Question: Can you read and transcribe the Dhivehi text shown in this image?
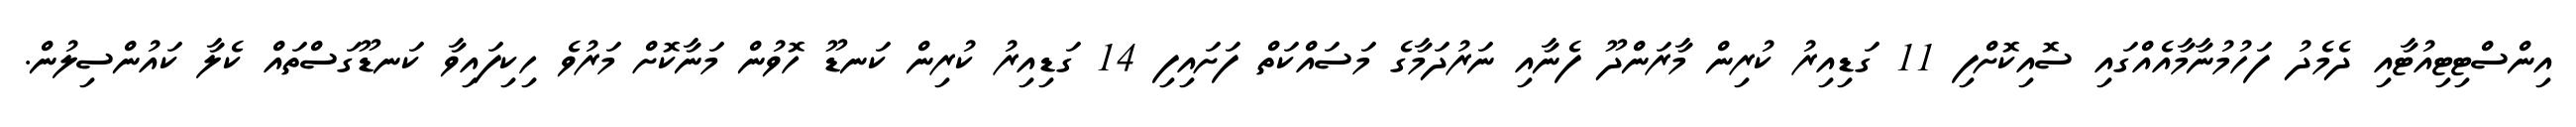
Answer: އިންސްޓިޓިއުޓާއި ދެމެދު ފަހުމުނާމާއެއްގައި ސޮއިކޮށްފި 11 ގަޑިއިރު ކުރިން މާރަންދޫ ފެނާއި ނަރުދަމާގެ މަސައްކަތް ފަށައިފި 14 ގަޑިއިރު ކުރިން ކަނޑޫ ހޮވުން މަނާކޮށް މަރުވެ ހިކިފައިވާ ކަނޑޫގަސްތައް ކެލާ ކައުންސިލުން.